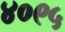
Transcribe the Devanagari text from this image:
४०९५